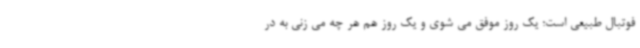
فوتبال طبیعی است؛ یک روز موفق می شوی و یک روز هم هر چه می زنی به در